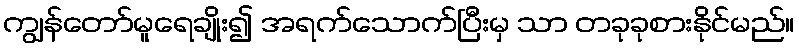
ကျွန်တော်မူရေချိုး၍ အရက်သောက်ပြီးမှ သာ တခုခုစားနိုင်မည်။